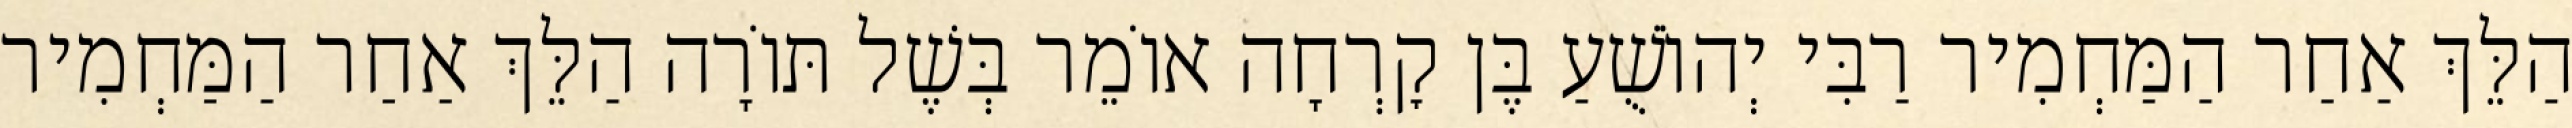
הַלֵּךְ אַחַר הַמַּחְמִיר רַבִּי יְהוֹשֻׁעַ בֶּן קׇרְחָה אוֹמֵר בְּשֶׁל תּוֹרָה הַלֵּךְ אַחַר הַמַּחְמִיר